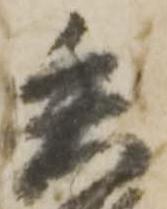
矢